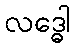
လဒ္ဓေါ